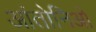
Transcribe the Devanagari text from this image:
आंतोनिओ